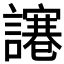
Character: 𧬯